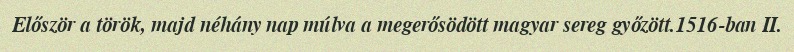
Először a török, majd néhány nap múlva a megerősödött magyar sereg győzött.1516-ban II.